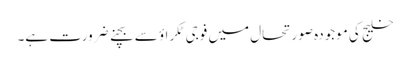
خلیج کی موجودہ صورتحال میں فوجی ٹکراؤ سے بچنے ضرورت ہے۔